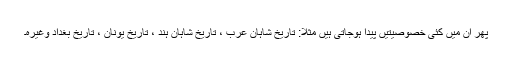
پھر ان میں کئی خصوصیتیں پیدا ہوجاتی ہیں مثلاًَ: تاریخِ شاہانِ عرب ، تاریخِ شاہانِ ہند ، تاریخِ یونان ، تاریخِ بغداد وغیرہ۔